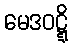
မေဒဝဋ္ဋိ